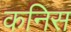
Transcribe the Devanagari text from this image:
कनिस